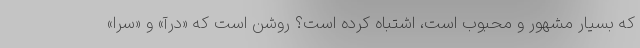
که بسیار مشهور و محبوب است، اشتباه کرده است؟ روشن است که «درآ» و «سرا»